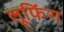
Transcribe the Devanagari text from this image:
लूफिंग